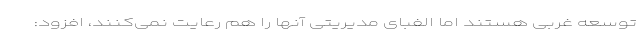
توسعه غربی هستند اما الفبای مدیریتی آنها را هم رعایت نمی‌کنند، افزود: